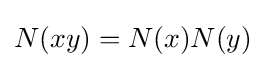
N(xy)=N(x)N(y)